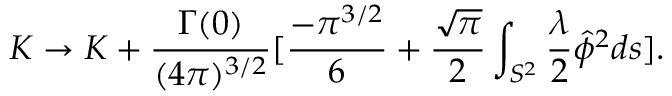
K \rightarrow K + \frac { \Gamma ( 0 ) } { ( 4 \pi ) ^ { 3 / 2 } } [ \frac { - \pi ^ { 3 / 2 } } { 6 } + \frac { \sqrt { \pi } } { 2 } \int _ { S ^ { 2 } } \frac { \lambda } { 2 } \hat { \phi } ^ { 2 } d s ] .